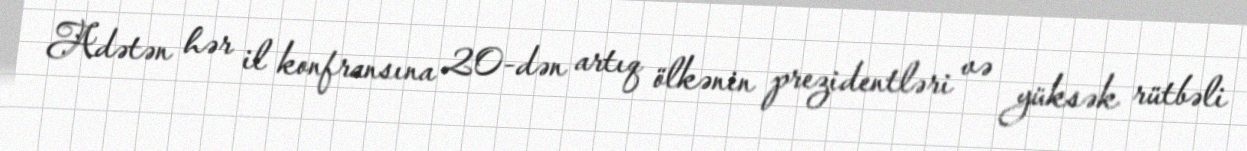
Adətən hər il konfransına 20-dən artıq ölkənin prezidentləri və yüksək rütbəli